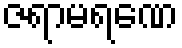
ဇရာမရဏေ